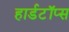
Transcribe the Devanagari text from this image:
हार्डटॉप्स